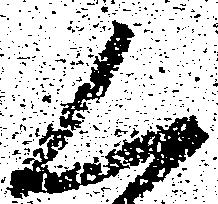
く